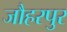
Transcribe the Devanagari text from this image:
जौहरपुर